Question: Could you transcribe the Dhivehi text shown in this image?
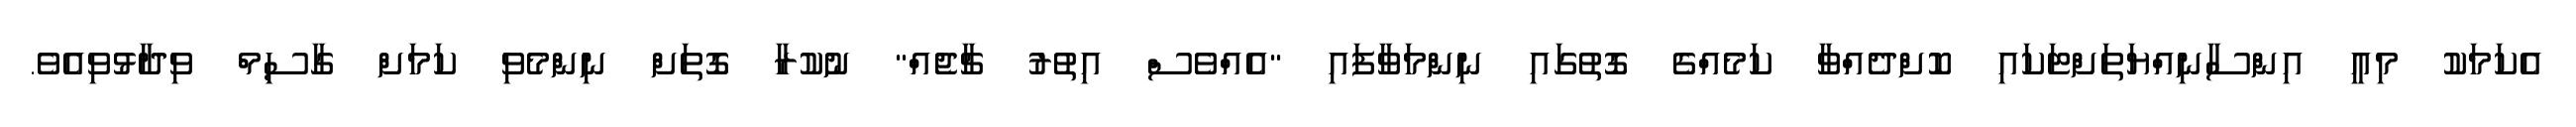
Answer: އެކަމަކު މިއީ އިންސާނިއްޔަތަށްޓަކައި ކޮށްދެއްވާ ކަމެއްގެ ގޮތުގައި ނިންމަވާފައި "އެއްވެސް އިތުރު ޗާޖެއް" ނުކުރާ ގޮތަށް ނިންމެވި ކަމަށް ގާސިމް ވިދާޅުވިއެވެ.